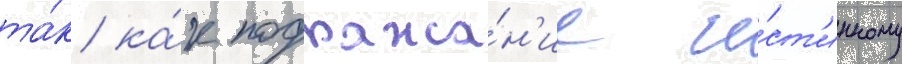
та́к ка́к подража́н'ие и́ст'инному